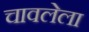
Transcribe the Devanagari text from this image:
चावलेला